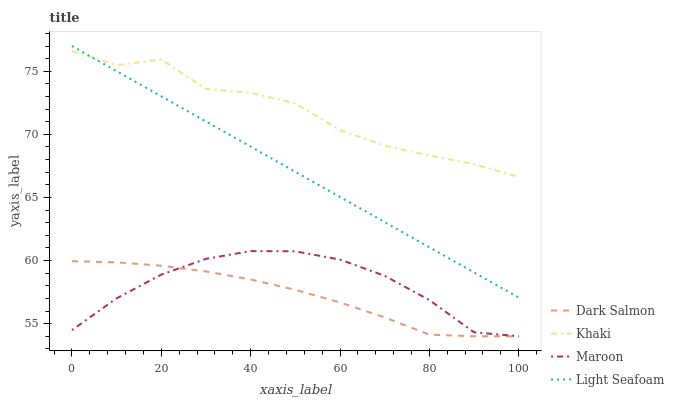
| xaxis_label | Dark Salmon | Khaki | Maroon | Light Seafoam |
 | --- | --- | --- | --- | --- |
 | 0 | 59.9 | 76.6 | 54.5 | 77 |
 | 10 | 59.9 | 75.5 | 57 | 75 |
 | 20 | 59.6 | 75.9 | 58.9 | 73 |
 | 30 | 59.1 | 73.6 | 60.1 | 71 |
 | 40 | 58.5 | 73.3 | 60.7 | 69 |
 | 50 | 57.7 | 72.5 | 60.7 | 67 |
 | 60 | 56.7 | 70.3 | 60.1 | 65 |
 | 70 | 55.5 | 69.1 | 58.8 | 63 |
 | 80 | 54.1 | 68.3 | 56.9 | 61.1 |
 | 90 | 54 | 67.6 | 54.3 | 59.1 |
 | 100 | 54 | 66.6 | 54 | 57.1 |